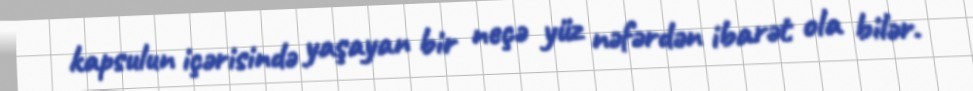
kapsulun içərisində yaşayan bir neçə yüz nəfərdən ibarət ola bilər.